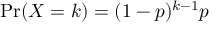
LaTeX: \operatorname* { P r } ( X = k ) = ( 1 - p ) ^ { k - 1 } p